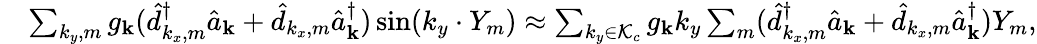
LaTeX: \begin{array}{rl}&{\sum_{k_{y},m}{g_{\mathbf k}}(\hat{d}_{k_{x},m}^{\dagger}\hat{a}_{\mathbf k}+\hat{d}_{k_{x},m}\hat{a}_{\mathbf k}^{\dagger})\sin(k_{y}\cdot Y_{m})\approx\sum_{k_{y}\in\mathcal{K}_{c}}{g_{\mathbf k}}k_{y}\sum_{m}(\hat{d}_{k_{x},m}^{\dagger}\hat{a}_{\mathbf k}+\hat{d}_{k_{x},m}\hat{a}_{\mathbf k}^{\dagger})Y_{m},}\end{array}